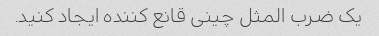
یک ضرب المثل چینی قانع کننده ایجاد کنید.